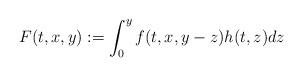
LaTeX: \begin{align*} F(t,x,y):=\int_{0}^{y}f(t,x,y-z)h(t,z)dz\end{align*}